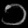
Digit: ၁